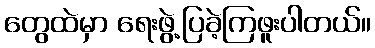
တွေထဲမှာ ရေးဖွဲ့ပြခဲ့ကြဖူးပါတယ်။